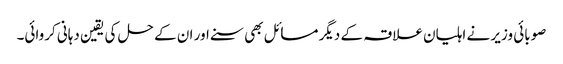
صوبائی وزیر نے اہلیان علاقہ کے دیگر مسائل بھی سنے اور ان کے حل کی یقین دہانی کروائی۔